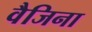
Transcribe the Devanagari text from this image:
वैजिना